Vital statistics of India. Vol. IV, Annual returns from 1871 to 1876. British Army of India, Native Army and jails of Bengal
Year: 1871
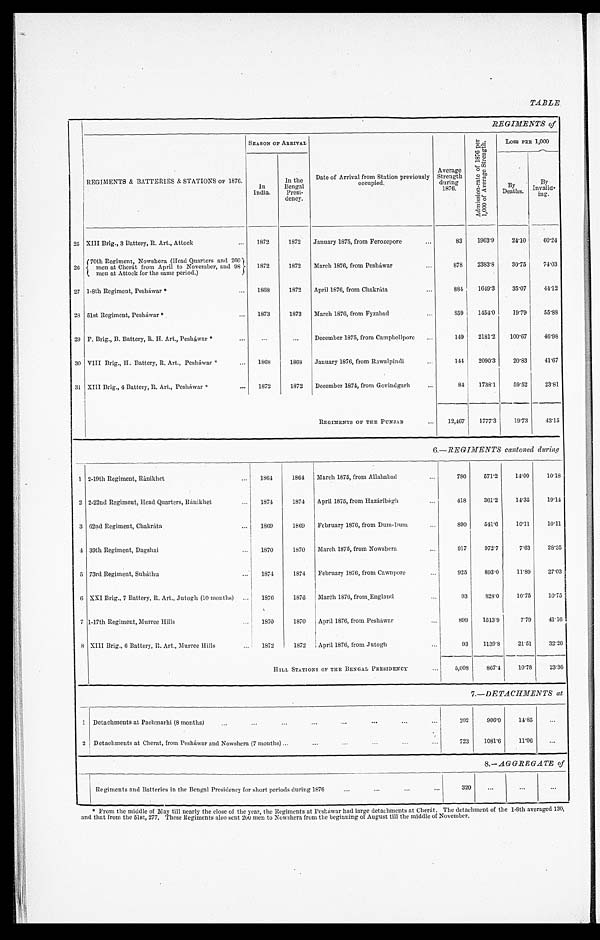
TABLE
REGIMENTS of
REGIMENTS & BATTERIES & STATIONS of 1876.
SEASON OF ARRIVAL
Average
Strength
during
1876.
A d m i s s i o n - r a t e o f 1 8 7 6 p e r
1 , 0 0 0 o f A v e r a g e S t r e n g t h .
LOSS PER 1, 000
In
India.
In the
Bengal Presi-
dency.
Date of Arrival from Station previously
occupied.
By
Deaths.
By
Invalid-
ing.
25 XIII Brig., 3 Battery, R. Art., Attock
1872
1872 January 1875, from Ferozepore
8 3 1963.9 24.10 60. 24
26
70th Regiment, Nowshera (Head Quarters and 260
men at Cherát from April to November, and 98
men at Attock for the same period.)
1872
1872 March 1876, from Pesháwar
878 2383.8 30.75 74. 03
27 1-8th Regiment, Pesháwar *
1868
1872 April 1876, from Chakráta
884 1649.3 35.07 44. 12
28 51st Regiment, Pesháwar *
1873
1873 March 1876, from Fyzabad
859 1454.0 19.79 55. 88
29 F. Brig., B. Battery, R. H. Art., Pesháwar *
December 1875, from Campbellpore
149 2181.2 100.67 46. 98
30 VIII Brig., H. Battery, R. Art., Pesháwar *
1868
1868 January 1876, from Rawalpindi
144 2090.3 20.83 41. 67
31 XIII Brig., 4 Battery, R. Art., Pesháwar *
1872
1872 December 1874, from Govindgarh
84 1738.1 59.52 23. 81
REGIMENTS OF THE PUNJAB
12,467 1777.3 19.73 43. 15
6.—REGIMENTS cantoned during
1 2-19th Regiment, Ránikhet
1864
1864 March 1875, from Allahabad
786 571.2
14.00
10. 18
2 2-22nd Regiment, Head Quarters, Ránikhet
1874
1874 April 1875, from Hazáribágh
418
361.2 14.35 19. 14
3 62nd Regiment, Chakráta
1869
1869 February 1876, from Dum-Dum
890
541.6 10.11 10. 11
4 39th Regiment, Dagshai
1870
1870 March 1875, from Nowshera
917
972.7
7.63 28.35
5 73rd Regiment, Subáthu
1874
1874 February 1876, from Cawnpore
925
893.0 11.89 27. 03
6 XXI Brig., 7 Battery, R. Art, Jutogh (10 months)
1876
1876 March 1676, from England
93
828.0 10.75
10. 75
7 1-17th Regiment, Murree Hills
1870
1870 April 1876, from Pesháwar
899 1513.9
7.79 41.16
8 XIII Brig., 6 Battery, R. Art., Murree Hills
1872
1872 April 1876, from Jutogh
93 1139.8 21.51 32. 26
HILL STATIONS OF THE BENGAL PRESIDENCY
5,008
867.4 10.78 23. 36
7.—DETACHMENTS at
1 Detachments at Pachmarhi (8 months)
202
906.0 14.85
2 Detachments at Cherat, from Pesháwar and Nowshera (7 months)
723 1081.6 11.06
8.—AGGREGATE of
Regiments and Batteries in the Bengal Presidency for short periods during 1876
320
* From the middle of May till nearly the close of the year, the Regiments at Peshawar had large detachments at Cherát. The detachment of the 1-8th averaged 130,
and that from the 51st, 277. These Regiments also sent 200 men to Nowshera from the beginning of August till the middle of November.